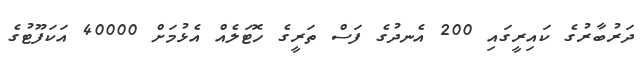
ދަރުބާރުގެ ކައިރީގައި 200 އެނދުގެ ފަސް ތަރީގެ ހޮޓަލެއް އެޅުމަށް 40000 އަކަފޫޓުގެ